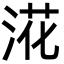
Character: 㳸